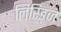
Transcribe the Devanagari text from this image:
लिरिड्ज